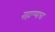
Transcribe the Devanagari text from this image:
राहाण्याचा